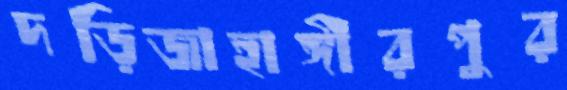
দড়িজাহাঙ্গীরপুর